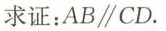
求证：$$AB\parallel CD$$。